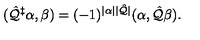
( \hat { \cal Q } ^ { \ddagger } \alpha , \beta ) = ( - 1 ) ^ { | \alpha | | \hat { \cal Q } | } ( \alpha , \hat { \cal Q } \beta ) .